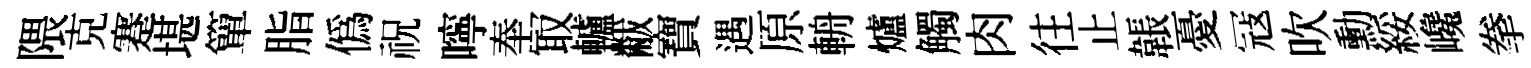
隈克蹇堪簞脂僞祝嚀奉冣轤黻寶遇原輈爐觸肉往止韔憂冦吹勳綏巉拳